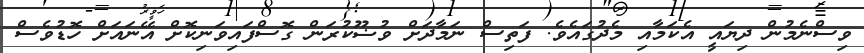
ވިސްނެމުން ދިޔައީ އެކަމާއި މެދުގައެވެ. ފަތިސް ނަމާދަށް ވުޟޫކުރަން ގޮސްފައިވަނިކޮށް އޭނައަށް ހޮޑުވެސް